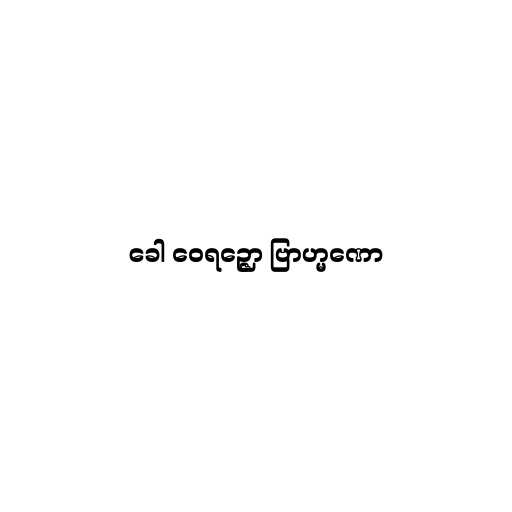
ခေါ ဝေရဉ္ဇော ဗြာဟ္မဏော